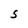
Character: S